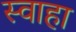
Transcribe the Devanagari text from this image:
स्‍वाहा